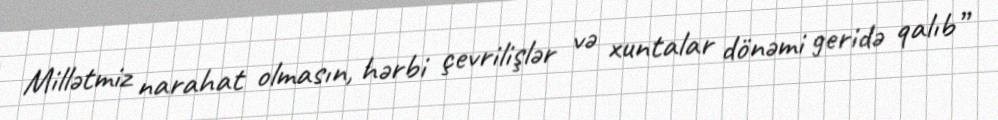
Millətmiz narahat olmasın, hərbi çevrilişlər və xuntalar dönəmi geridə qalıb”